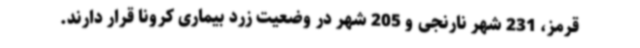
قرمز، 231 شهر نارنجی و 205 شهر در وضعیت زرد بیماری کرونا قرار دارند.